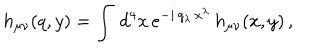
h _ { \mu \nu } ( q , y ) = \int \, d ^ { 4 } x \, e ^ { - i \, q _ { \lambda } \, x ^ { \lambda } } \, h _ { \mu \nu } ( x , y ) \, ,